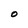
Character: O